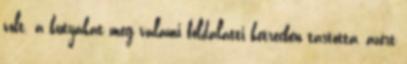
volt. a kutyákat meg valami földalatti ketrecben tartottá, azért